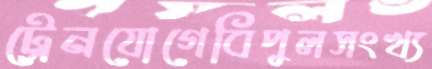
ট্রেনযোগেবিপুলসংখ্য